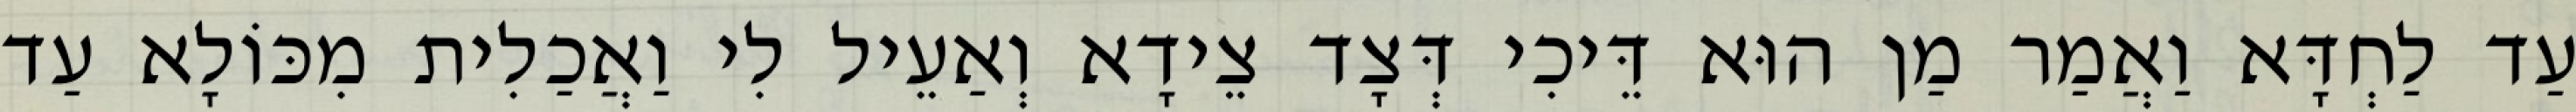
עַד לַחְדָּא וַאֲמַר מַן הוּא דֵּיכִי דְּצָד צֵידָא וְאַעֵיל לִי וַאֲכַלִית מִכּוֹלָא עַד